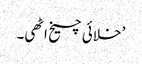
’ خلائی چیخ اٹھی۔